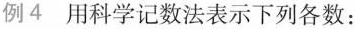
例4 用科学记数法表示下列各数：